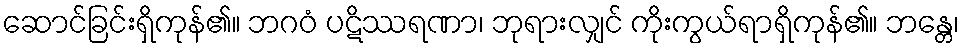
ဆောင်ခြင်းရှိကုန်၏။ ဘဂဝံ ပဋိဿရဏာ၊ ဘုရားလျှင် ကိုးကွယ်ရာရှိကုန်၏။ ဘန္တေ၊